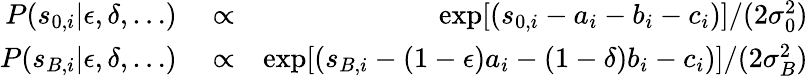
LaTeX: \begin{array}{rlr}{P(s_{0,i}|\epsilon,\delta,\ldots)}&{{}\propto}&{\exp[(s_{0,i}-a_{i}-b_{i}-c_{i})]/(2\sigma_{0}^{2})}\\ {P(s_{B,i}|\epsilon,\delta,\ldots)}&{{}\propto}&{\exp[(s_{B,i}-(1-\epsilon)a_{i}-(1-\delta)b_{i}-c_{i})]/(2\sigma_{B}^{2})}\end{array}